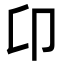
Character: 卬